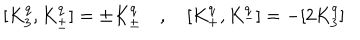
LaTeX: [ K _ { 3 } ^ { q } , K _ { \pm } ^ { q } ] = \pm K _ { \pm } ^ { q } \quad , \quad [ K _ { + } ^ { q } , K _ { - } ^ { q } ] = - [ 2 K _ { 3 } ^ { q } ]